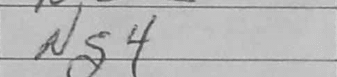
Transcription: Ng4